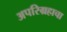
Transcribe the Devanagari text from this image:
अपरिग्रहाचा